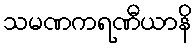
သမဏကရဏီယာနိ